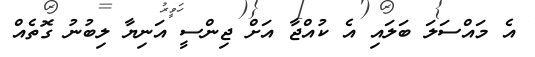
އެ މައްސަލަ ބަލައި އެ ކުއްޖާ އަށް ޖިންސީ އަނިޔާ ލިބުނު ގޮތެއް